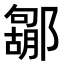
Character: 𮠐